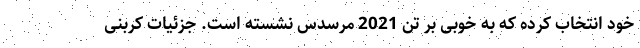
خود انتخاب کرده که به خوبی بر تن 2021 مرسدس نشسته است. جزئیات کربنی